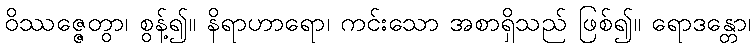
ဝိဿဇ္ဇေတွာ၊ စွန့်၍။ နိရာဟာရော၊ ကင်းသော အစာရှိသည် ဖြစ်၍။ ရောဒန္တော၊